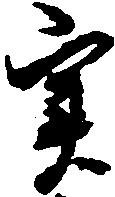
実